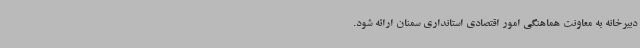
دبیرخانه به معاونت هماهنگی امور اقتصادی استانداری سمنان ارائه شود.